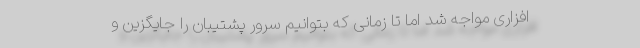
افزاری مواجه شد اما تا زمانی که بتوانیم سرور پشتیبان را جایگزین و